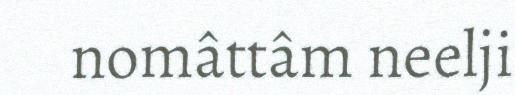
nomâttâm neelji